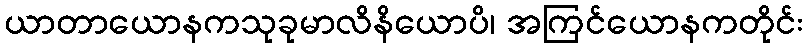
ယာတာယောနကသုခုမာလိနိယောပိ၊ အကြင်ယောနကတိုင်း